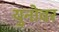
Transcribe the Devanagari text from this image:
युनोवर